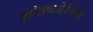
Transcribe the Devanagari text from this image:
वसिष्ठद्वेषिणी